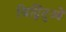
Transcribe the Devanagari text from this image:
चिद्विंदुओं